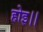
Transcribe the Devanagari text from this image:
होइ।।